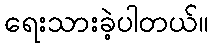
ရေးသားခဲ့ပါတယ်။